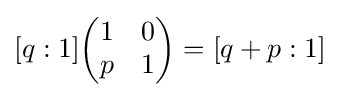
[q:1]{\begin{pmatrix}1&0\\p&1\end{pmatrix}}=[q+p:1]